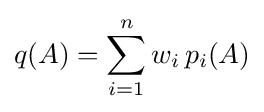
q(A)=\sum _{i=1}^{n}w_{i}\,p_{i}(A)